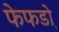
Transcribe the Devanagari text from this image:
फेफडो़